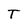
Character: T